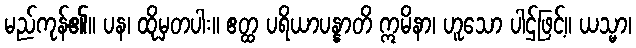
မည်ကုန်၏။ ပန၊ ထိုမှတပါး။ ဧတ္ထ ပရိယာပန္နာတိ ဣမိနာ၊ ဟူသော ပါဌ်ဖြင့်။ ယသ္မာ၊